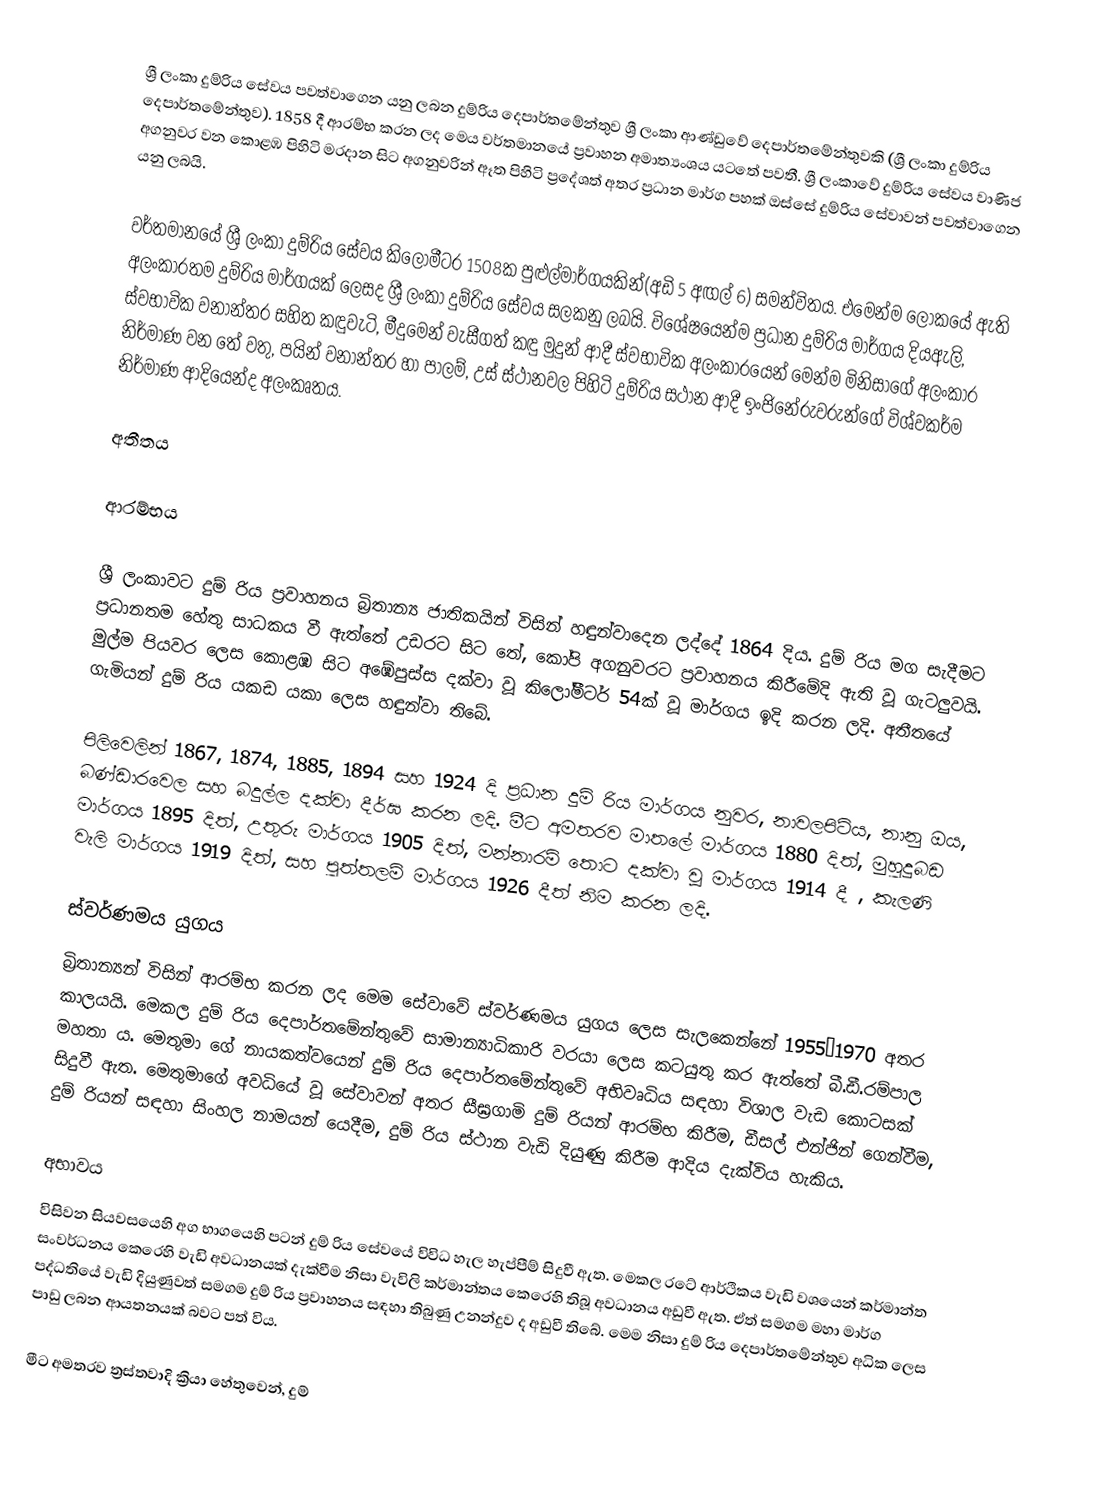
ශ්‍රී ලංකා දුම්රිය සේවය පවත්වාගෙන යනු ලබන දුම්රිය දෙපාර්තමේන්තුව ශ්‍රී ලංකා ආණ්ඩුවේ දෙපාර්තමේන්තුවකි (ශ්‍රී ලංකා දුම්රිය දෙපාර්තමේන්තුව). 1858 දී ආරම්භ කරන ලද මෙය වර්තමානයේ ප්‍රවාහන අමාත්‍යංශය යටතේ පවතී.  ශ්‍රී ලංකාවේ දුම්රිය සේවය වාණිජ අගනුවර වන කොළඹ පිහිටි මරදාන සිට අගනුවරින් ඈත පිහිටි ප්‍රදේශත් අතර ප්‍රධාන මාර්ග පහක් ඔස්සේ දුම්රිය සේවාවන් පවත්වාගෙන යනු ලබයි.

වර්තමානයේ ශ්‍රී ලංකා දුම්රිය සේවය කිලෝමීටර 1508ක පුළුල්මාර්ගයකින්(අඩි 5 අඟල් 6) සමන්විතය. එමෙන්ම ලෝකයේ ඇති අලංකාරතම දුම්රිය මාර්ගයක් ලෙසද  ශ්‍රී ලංකා දුම්රිය සේවය සලකනු ලබයි. විශේෂයෙන්ම ප්‍රධාන දුම්රිය මාර්ගය දියඇලි, ස්වභාවික වනාන්තර සහිත කඳුවැටි, මීදුමෙන් වැසීගත් කඳු මුදුන් ආදී ස්වභාවික අලංකාරයෙන් මෙන්ම මිනිසාගේ අලංකාර නිර්මාණ වන තේ වතු, පයින් වනාන්තර හා පාලම්, උස් ස්ථානවල පිහිටි දුම්රිය සථාන ආදී ඉංජිනේරුවරුන්ගේ විශ්වකර්ම නිර්මාණ ආදියෙන්ද අලංකෘතය.

අතීතය

ආරම්භය

ශ්‍රී ලංකාවට දුම් රිය ප්‍රවාහනය බ්‍රිතාන්‍ය ජාතිකයින් විසින් හඳුන්වාදෙන ලද්දේ 1864 දිය. දුම් රිය මග සැදීමට ප්‍රධානතම හේතු සාධකය වී ඇත්තේ උඩරට සිට තේ, කෝපි අගනුවරට ප්‍රවාහනය කිරීමේදි ඇති වූ ගැටලුවයි. මුල්ම පියවර ලෙස කොළඹ සිට අඹේපුස්ස දක්වා වූ කිලෝමීටර් 54ක් වූ මාර්ගය ඉදි කරන ලදි. අතීතයේ ගැමියන් දුම් රිය යකඩ යකා ලෙස හඳුන්වා තිබේ.

පිලිවෙලින් 1867, 1874, 1885, 1894 සහ 1924 දි ප්‍රධාන දුම් රිය මාර්ගය නුවර, නාවලපිටිය, නානු ඔය, බණ්ඩාරවෙල සහ බදුල්ල දක්වා දීර්ඝ කරන ලදි. මීට අමතරව මාතලේ මාර්ගය 1880 දිත්, මුහුදුබඩ මාර්ගය 1895 දිත්, උතුරු මාර්ගය 1905 දිත්, මන්නාරම් තොට දක්වා වූ මාර්ගය 1914 දී , කැලණි වැලි මාර්ගය  1919 දිත්, සහ පුත්තලම් මාර්ගය  1926 දීත් නිම කරන ලදි.

ස්වර්ණමය යුගය
බ්‍රිතාන්‍යන් විසින් ආරම්භ කරන ලද මෙම සේවාවේ ස්වර්ණමය යුගය ලෙස සැලකෙන්නේ  1955–1970 අතර කාලයයි. මෙකල දුම් රිය දෙපාර්තමේන්තුවේ සාමාන්‍යාධිකාරි වරයා ලෙස කටයුතු කර ඇත්තේ බී.ඩී.රම්පාල මහතා ය. මෙතුමා ගේ නායකත්වයෙන් දුම් රිය දෙපාර්තමේන්තුවේ අභිවෘධිය සඳහා විශාල වැඩ කොටසක් සිදුවී ඇත. මෙතුමාගේ අවධියේ වූ සේවාවන් අතර සීඝ්‍රගාමි දුම් රියන් ආරම්භ කිරීම, ඩීසල් එන්ජින් ගෙන්වීම, දුම් රියන් සඳහා සිංහල නාමයන් යෙදීම, දුම් රිය ස්ථාන වැඩි දියුණු කිරීම ආදිය දැක්විය හැකිය.

අභාවය
විසිවන සියවසයෙහි අග භාගයෙහි පටන් දුම් රිය සේවයේ විවිධ හැල හැප්පීම් සිදුවී ඇත. මෙකල රටේ ආර්ථිකය වැඩි වශයෙන් කර්මාන්ත සංවර්ධනය කෙරෙහි වැඩි අවධානයක් දැක්වීම නිසා වැවිලි කර්මාන්තය කෙරෙහි තිබූ අවධානය අඩුවී ඇත. ඒත් සමගම මහා මාර්ග පද්ධතියේ වැඩි දියුණුවත් සමගම දුම් රිය ප්‍රවාහනය සඳහා තිබුණු උනන්දුව ද අඩුවී තිබේ. මෙම නිසා දුම් රිය දෙපාර්තමේන්තුව අධික ලෙස පාඩු ලබන ආයතනයක් බවට පත් විය.

මීට අමතරව ත්‍රස්තවාදි ක්‍රියා හේතුවෙන්, දුම්